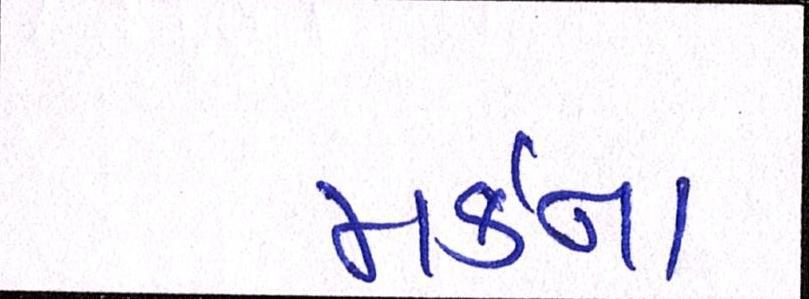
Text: મર્કના